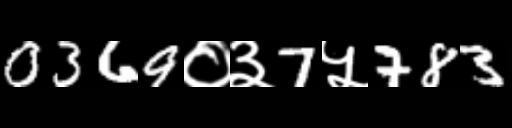
Text: 0369०३7५783